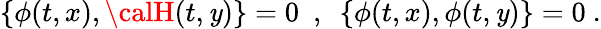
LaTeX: \{ \phi(t,x),{\calH}(t,\mathit{y})\} =0\ \ ,\ \ \{ \phi(t,x),\phi(t,\mathit{y})\} =0\ .